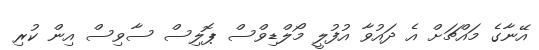
އޭނާގެ މައްޗަށް އެ ދައުވާ އުފުލީ މޯލްޑިވްސް ޕޮލިސް ސާވިސް އިން ކުރި